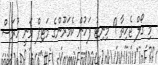
މި ގޯލް ޖެހިތާ 9 މިނިޓު ފަހުން ކެމަރޫންގެ މަޓިޕް ވަނީ ހުރަސް